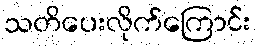
သတိပေးလိုက်ကြောင်း